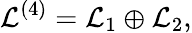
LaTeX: {\mathcal{L}}^{(4)}={\mathcal{L}}_{1}\oplus{\mathcal{L}}_{2},